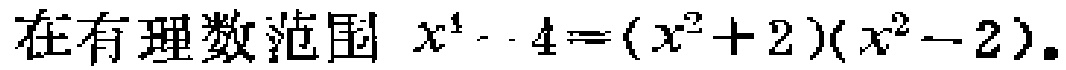
在有理数范围 \(x^{4}-4=(x^{2}+2)(x^{2}-2)\)。